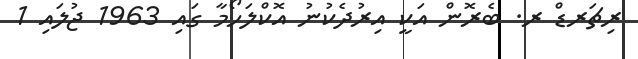
ރިޗަރޑް ރ. ބެރޮން އަކީ އިރުދެކުނު އޮކްލަހޯމާ ގައި 1963 ޖުލައި 1